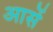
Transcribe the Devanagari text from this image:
आसें